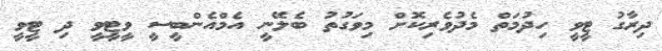
ދިރާގު ޓީވީ ހިދުމަތް މެދުވެރިކޮށް މިވަގުތު ބެލޭނީ އެމްއެންބީސީ ވީޓީވީ ދި ޓީވީ